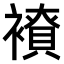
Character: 𧝭